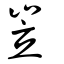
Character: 岦